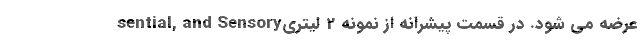
sential, and Sensoryعرضه می شود. در قسمت پیشرانه از نمونه 2 لیتری